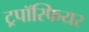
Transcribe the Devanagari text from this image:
ट्रपॉस्फियर